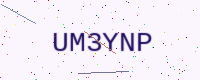
Text: UM3YNP